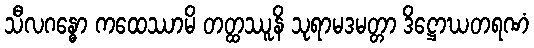
သီလဂန္ဓော ကထေဿာမိ တတ္ထဿူနိ သုရာမဒမတ္တာ ဒိဋ္ဌောဃတရဏံ